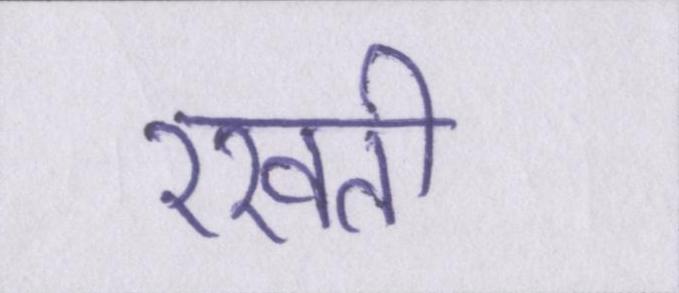
रखती